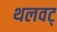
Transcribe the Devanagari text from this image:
थलवट्